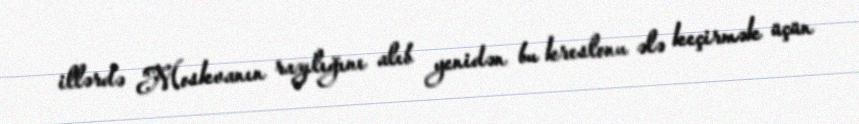
illərdə Moskvanın razılığını alıb yenidən bu kreslonu ələ keçirmək üçün